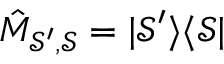
\hat { M } _ { \mathcal { S } ^ { \prime } , \mathcal { S } } = | \mathcal { S } ^ { \prime } \rangle \langle \mathcal { S } |